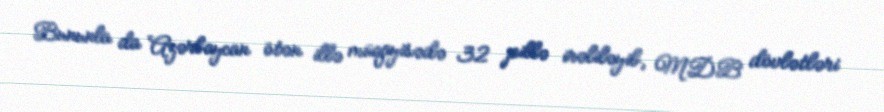
Bununla da Azərbaycan ötən illə müqayisədə 32 pillə irəliləyib, MDB dövlətləri